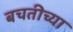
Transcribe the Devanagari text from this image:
बचतीच्या